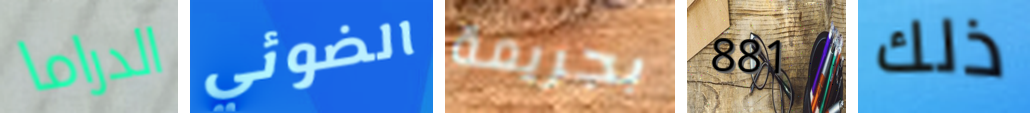
الدراما الضوئي بجريمة 881 ذلك